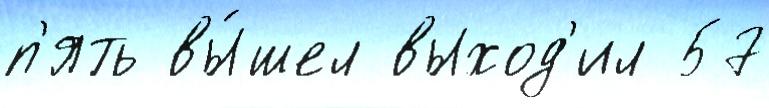
п'ять вы́шел выход'ил 57